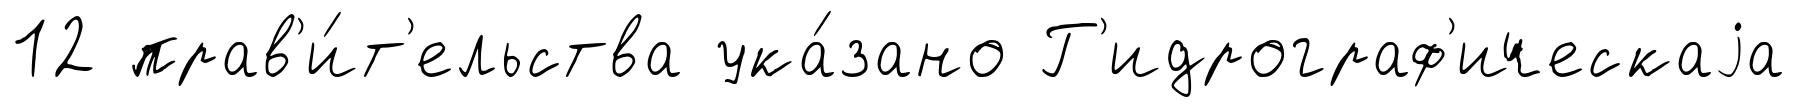
12 прав'и́т'ельства ука́зано Г'идрограф'ическаjа